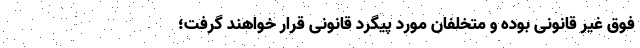
فوق غیر قانونی بوده و متخلفان مورد پیگرد قانونی قرار خواهند گرفت؛